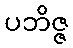
ပဘိဇ္ဇ